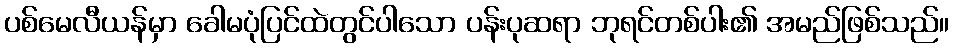
ပစ်မေလီယန်မှာ ခေါမပုံပြင်ထဲတွင်ပါသော ပန်းပုဆရာ ဘုရင်တစ်ပါး၏ အမည်ဖြစ်သည်။